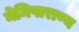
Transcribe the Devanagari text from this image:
नेमिषाराण्य